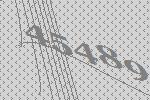
45489